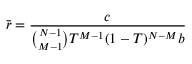
\bar { r } = \frac { c } { \binom { N - 1 } { M - 1 } T ^ { M - 1 } ( 1 - T ) ^ { N - M } b }